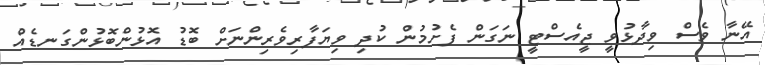
އޭނާ ވެސް ވިދާޅުވީ ޖީއެސްޓީ ނަގަން ފެށުމުން ކުދި ވިޔަފާރިވެރިންނަށް ބޮޑު އޮޅުންބޮޅުންގަނޑެއް